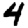
Digit: 4